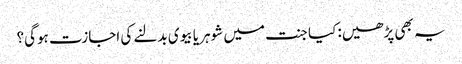
یہ بھی پڑھیں: کیا جنت میں شوہر یا بیوی بدلنے کی اجازت ہوگی؟